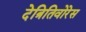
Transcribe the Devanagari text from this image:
देत्रितिवोरेस